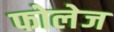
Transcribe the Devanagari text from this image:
फोलेज